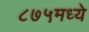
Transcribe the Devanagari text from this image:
८७५मध्ये